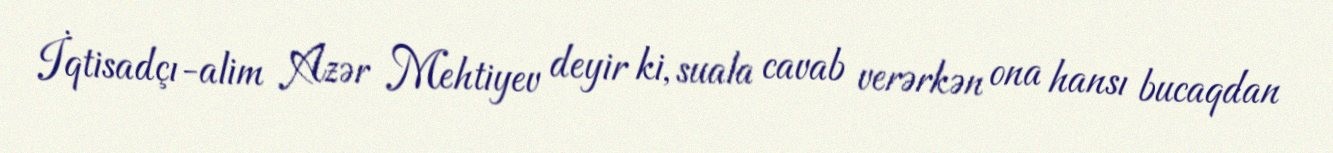
İqtisadçı-alim Azər Mehtiyev deyir ki, suala cavab verərkən ona hansı bucaqdan